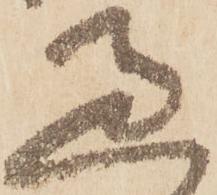
過